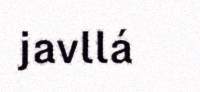
javllá